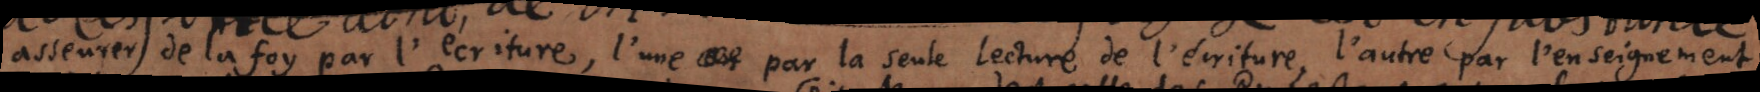
asseurer de la foy par l’écriture, l’une par la seule lecture de l’écriture, l’autre par l’enseignement